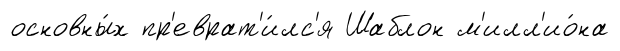
основны́х пр'еврат'и́лс'я Шаблон м'илл'ио́на